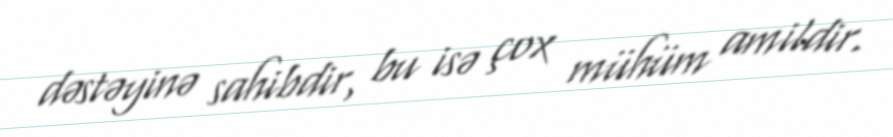
dəstəyinə sahibdir, bu isə çox mühüm amildir.